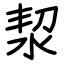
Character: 洯